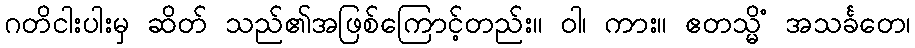
ဂတိငါးပါးမှ ဆိတ် သည်၏အဖြစ်ကြောင့်တည်း။ ဝါ၊ ကား။ ဧတသ္မိံ အသင်္ခတေ၊